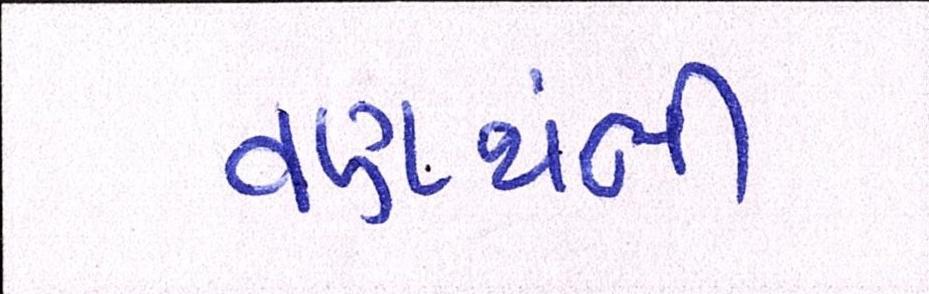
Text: વણથંભી